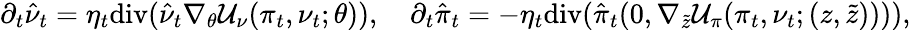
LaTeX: \partial_{t}\hat{\nu}_{t}=\eta_{t}\mathrm{div}(\hat{\nu}_{t}\nabla_{\theta}\mathcal{U}_{\nu}(\pi_{t},\nu_{t};\theta)),\quad\partial_{t}\hat{\pi}_{t}=-\eta_{t}\mathrm{div}(\hat{\pi}_{t}(0,\nabla_{\tilde{z}}\mathcal{U}_{\pi}(\pi_{t},\nu_{t};(z,\tilde{z})))),